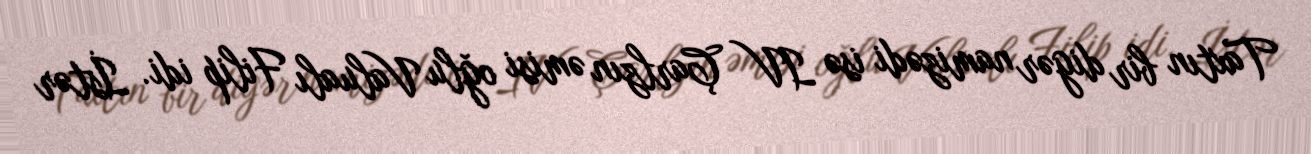
Taxtın bir digər namizədi isə IV Çarlzın əmisi oğlu Valualı Filip idi. İstər